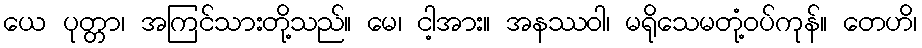
ယေ ပုတ္တာ၊ အကြင်သားတို့သည်။ မေ၊ ငါ့အား။ အနဿဝါ၊ မရိုသေမတုံ့ဝပ်ကုန်။ တေဟိ၊